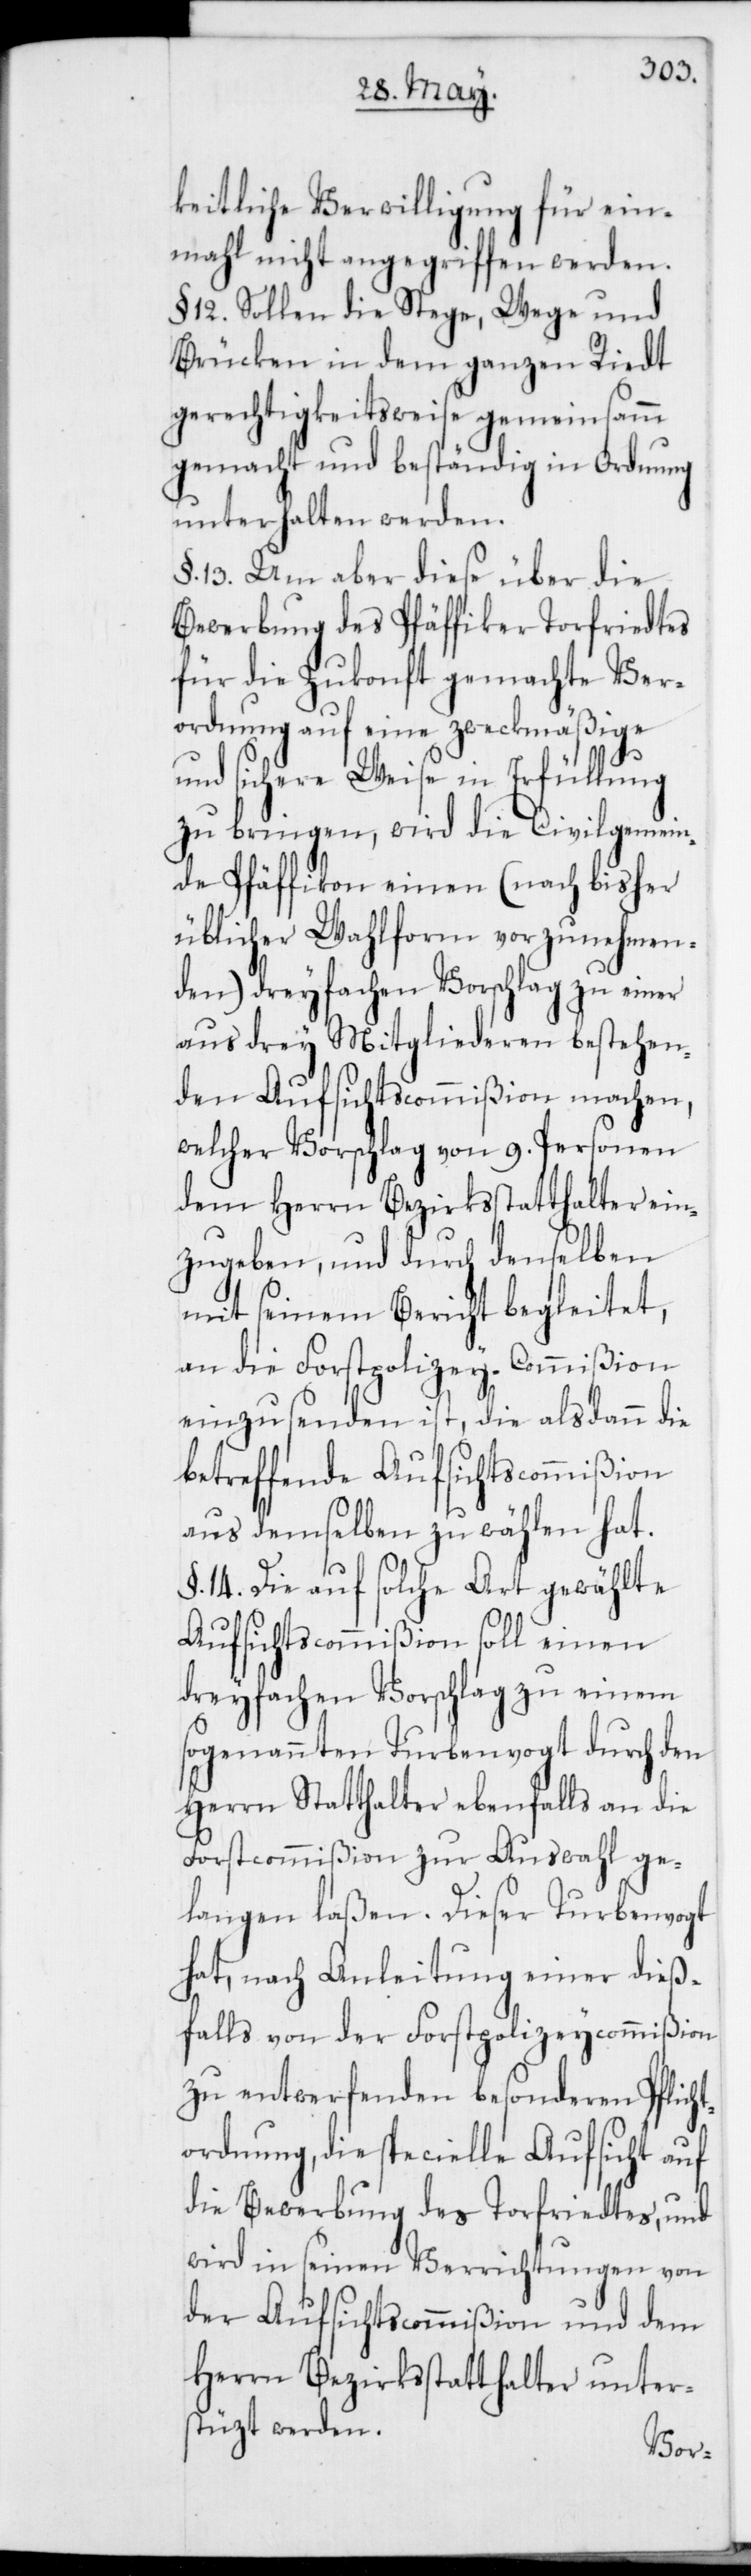
keitliche Verwilligung für ein¬
mahl nicht angegriffen werden.
§. 12. Sollen die Stege, Wege und
Brücken in dem ganzen Riedt
gerechtigkeitsweise gemeinsamm
gemacht und beständig in Ordnung
unterhalten werden.
§. 13. Um aber diese über die
Bewerbung des Pfäffiker Torfriedtes
für die Zukonft gemachte Ver¬
ordnung auf eine zweckmäßige
und sichere Weise in Erfüllung
zu bringen, wird die Civilgemein¬
de Pfäffikon einen (nach bisher
üblicher Wahlform vorzunehmen¬
den) dreyfachen Vorschlag zu einer
aus drey Mitgliederen bestehen¬
den Aufsichtscommißion machen,
welcher Vorschlag von 9. Personen
dem Herrn Bezirksstatthalter ein¬
zugeben, und durch denselben
mit seinem Bericht begleitet,
an die Forstpolizey-Commißion
einzusenden ist, die alsdann die
betreffende Aufsichtscommißion
aus demselben zu wählen hat.
§. 14. Die auf solche Art gewählte
Aufsichtscommißion soll einen
dreyfachen Vorschlag zu einem
sogenannten Turbenvogt durch den
Herrn Statthalter ebenfalls an die
Forstcommißion zur Auswahl ge¬
langen laßen. Dieser Turbenvogt
hat, nach Anleitung einer dieß¬
falls von der Forstpolizeycommißion
zu entwerfenden besonderen Pflich¬
tordnung, die specielle Aufsicht auf
die Bewerbung des Torfriedtes, und
wird in seinen Verrichtungen von
der Aufsichtscommißion und dem
Herrn Bezirksstatthalter unter¬
stüzt werden.